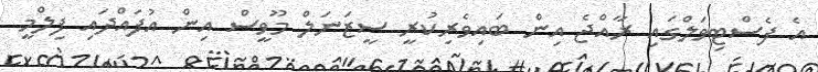
އެ ފެސްޓިވަލްގައި ރާއްޖެ އިން ބައިވެރިކުރީ ސީޒަނަލް މޫވީސް އިން އުފައްދައި ފިލްމީ